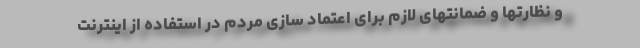
و نظارتها و ضمانتهای لازم برای اعتماد سازی مردم در استفاده از اینترنت